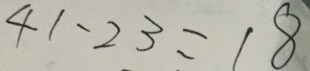
4 1 - 2 3 = 1 8